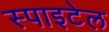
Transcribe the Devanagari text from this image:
स्पाइटेल